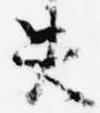
失